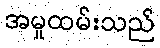
အမှုထမ်းသည်